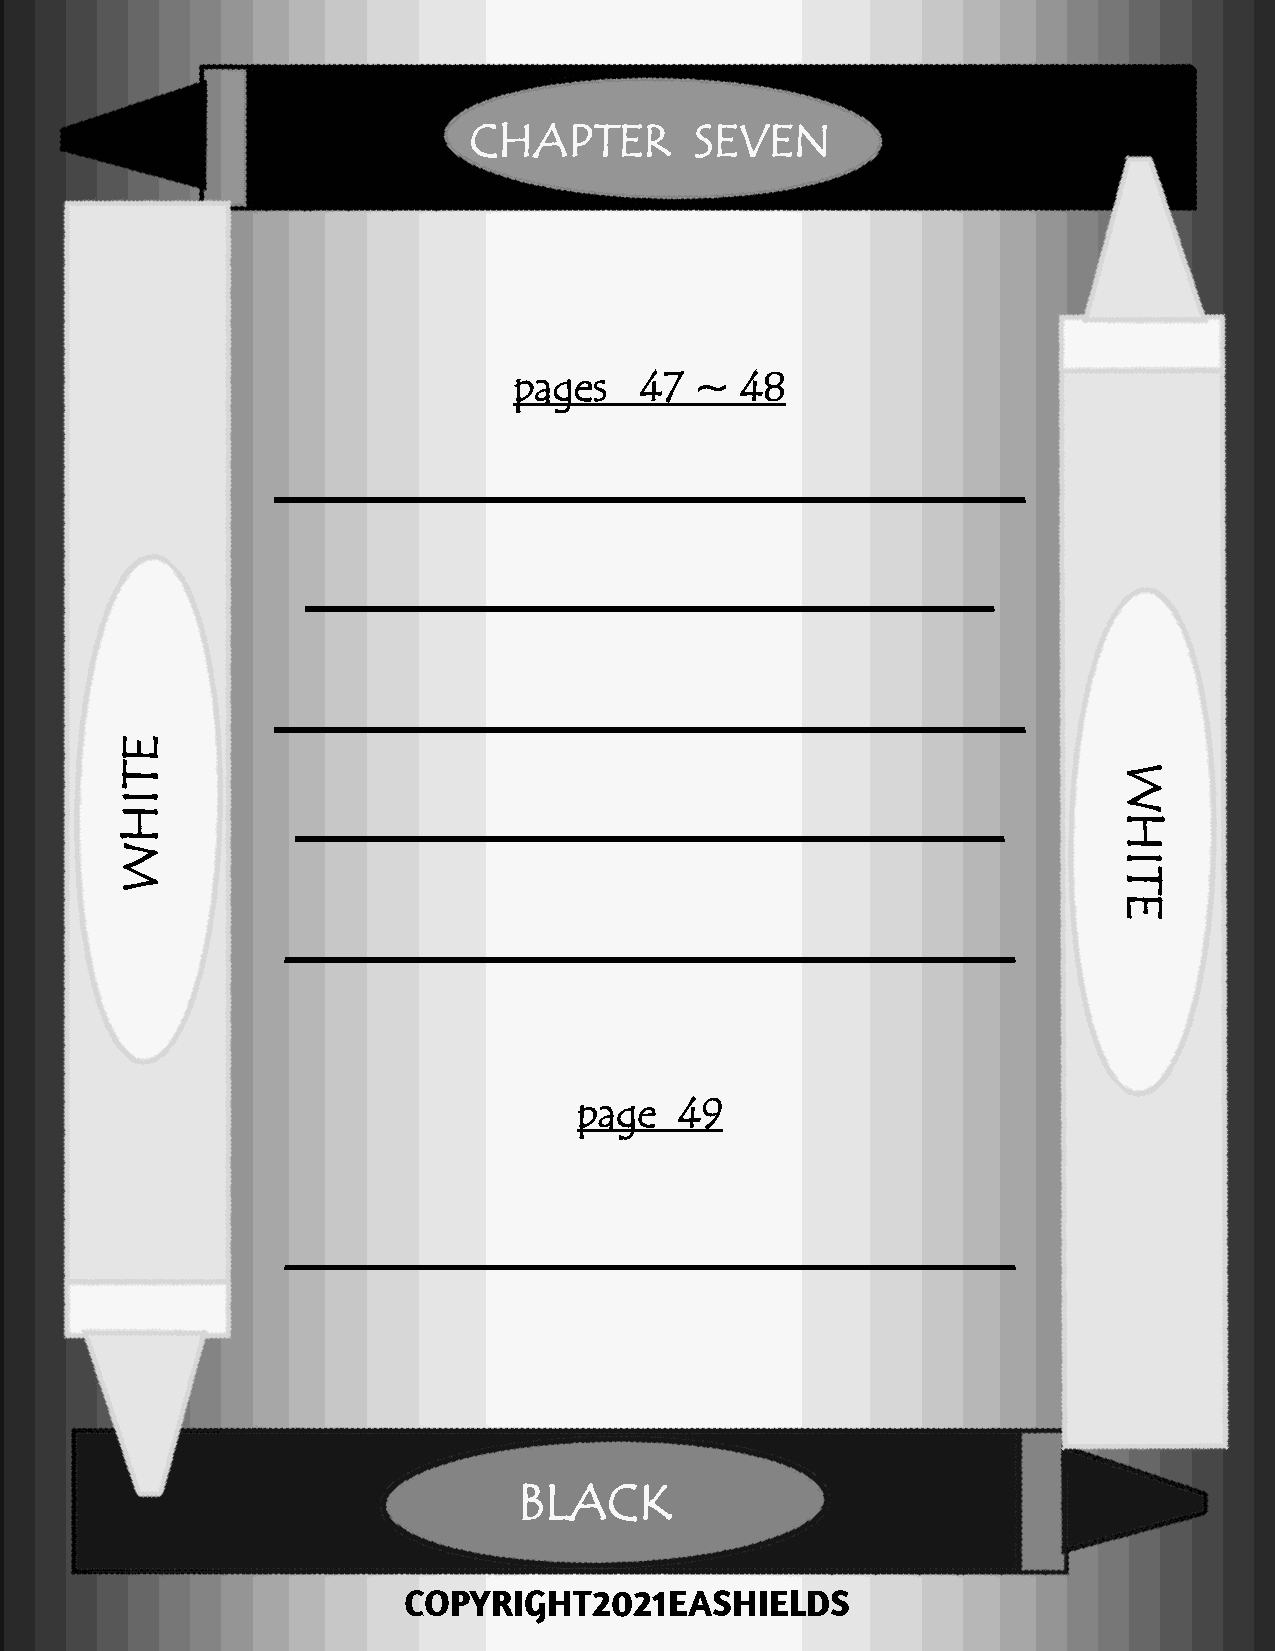
CHAPTER        SEVEN
 pages   47  ~  48
 ____________________________________
 _________________________________
 ____________________________________
 E
 T                                                                 W
 I
 H           __________________________________
 H
 W
 I
 T
 E
 ___________________________________
 page   49
 ___________________________________
 BLACK
 COPYRIGHT2021EASHIELDS